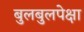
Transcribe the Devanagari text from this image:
बुलबुलपेक्षा